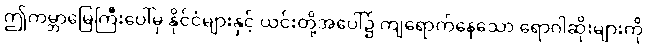
ဤကမ္ဘာမြေကြီးပေါ်မှ နိုင်ငံများနှင့် ယင်းတို့အပေါ်၌ ကျရောက်နေသော ရောဂါဆိုးများကို